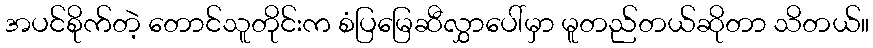
အပင်စိုက်တဲ့ တောင်သူတိုင်းက စံပြမြေဆီလွှာပေါ်မှာ မူတည်တယ်ဆိုတာ သိတယ်။